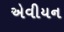
એવીયન